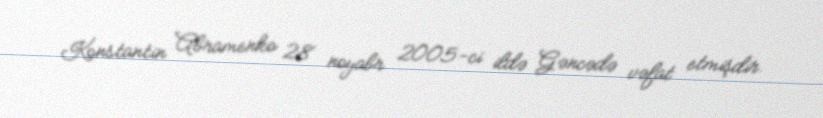
Konstantin Abramenko 28 noyabr 2005-ci ildə Gəncədə vəfat etmişdir.